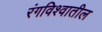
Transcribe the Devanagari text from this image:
रंगविश्वातील